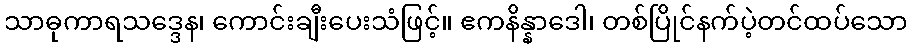
သာဓုကာရသဒ္ဒေန၊ ကောင်းချီးပေးသံဖြင့်။ ဧကနိန္နာဒေါ၊ တစ်ပြိုင်နက်ပဲ့တင်ထပ်သော